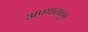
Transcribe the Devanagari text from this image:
अपघातातून